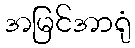
အမြင်အာရုံ